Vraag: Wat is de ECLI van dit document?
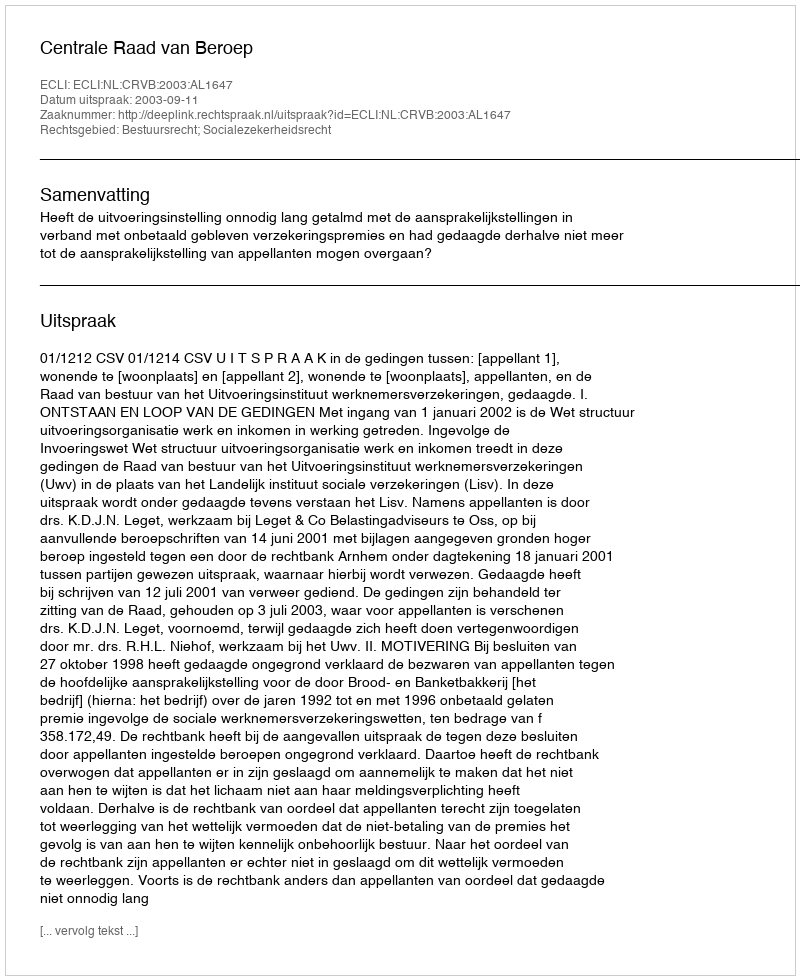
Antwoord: ECLI:NL:CRVB:2003:AL1647